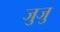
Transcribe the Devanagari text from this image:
जुजु